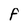
Character: f